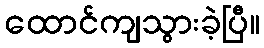
ထောင်ကျသွားခဲ့ပြီ။